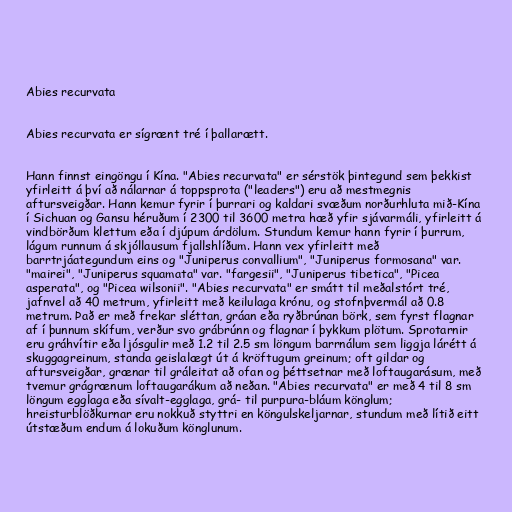
Abies recurvata

Abies recurvata er sígrænt tré í þallarætt.

Hann finnst eingöngu í Kína. "Abies recurvata" er sérstök þintegund sem þekkist
yfirleitt á því að nálarnar á toppsprota ("leaders") eru að mestmegnis
aftursveigðar. Hann kemur fyrir í þurrari og kaldari svæðum norðurhluta mið-Kína
í Sichuan og Gansu héruðum í 2300 til 3600 metra hæð yfir sjávarmáli, yfirleitt á
vindbörðum klettum eða í djúpum árdölum. Stundum kemur hann fyrir í þurrum,
lágum runnum á skjóllausum fjallshlíðum. Hann vex yfirleitt með
barrtrjáategundum eins og "Juniperus convallium", "Juniperus formosana" var.
"mairei", "Juniperus squamata" var. "fargesii", "Juniperus tibetica", "Picea
asperata", og "Picea wilsonii". "Abies recurvata" er smátt til meðalstórt tré,
jafnvel að 40 metrum, yfirleitt með keilulaga krónu, og stofnþvermál að 0.8
metrum. Það er með frekar sléttan, gráan eða ryðbrúnan börk, sem fyrst flagnar
af í þunnum skífum, verður svo grábrúnn og flagnar í þykkum plötum. Sprotarnir
eru gráhvítir eða ljósgulir með 1.2 til 2.5 sm löngum barrnálum sem liggja lárétt á
skuggagreinum, standa geislalægt út á kröftugum greinum; oft gildar og
aftursveigðar, grænar til gráleitat að ofan og þéttsetnar með loftaugarásum, með
tvemur grágrænum loftaugarákum að neðan. "Abies recurvata" er með 4 til 8 sm
löngum egglaga eða sívalt-egglaga, grá- til purpura-bláum könglum;
hreisturblöðkurnar eru nokkuð styttri en köngulskeljarnar, stundum með lítið eitt
útstæðum endum á lokuðum könglunum.